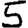
Digit: 5